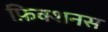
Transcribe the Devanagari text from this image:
फ़िक्शनस